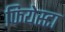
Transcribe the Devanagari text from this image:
फियेस्टा